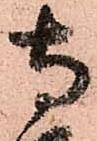
寺